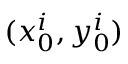
( x _ { 0 } ^ { i } , y _ { 0 } ^ { i } )